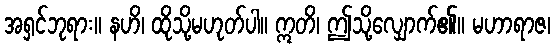
အရှင်ဘုရား။ နဟိ၊ ထိုသို့မဟုတ်ပါ။ ဣတိ၊ ဤသို့လျှောက်၏။ မဟာရာဇ၊